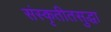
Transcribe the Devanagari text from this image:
संस्कृतीतसुद्धा